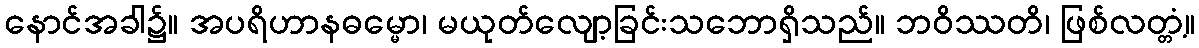
နောင်အခါ၌။ အပရိဟာနဓမ္မော၊ မယုတ်လျော့ခြင်းသဘောရှိသည်။ ဘဝိဿတိ၊ ဖြစ်လတ္တံ့။